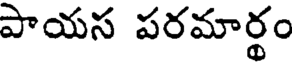
పాయస పరమార్థం